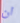
ان